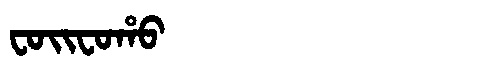
Manchu: ᠸᠣᡳᠸᠣᡥᠣ
Romanization: FOIFOHO